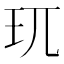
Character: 𮴀